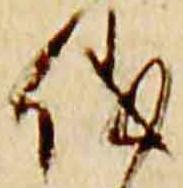
儀